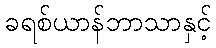
ခရစ်ယာန်ဘာသာနှင့်